Report of the Municipal Commissioner on the plague in Bombay for the year ending 31st May... - Volume 2
Disease focus: Plague
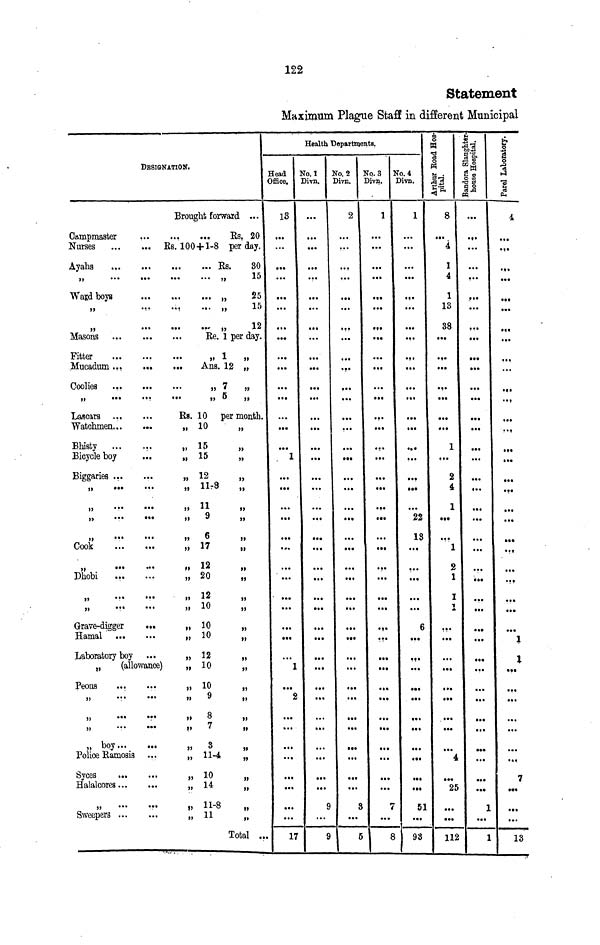
122
Statement
Maximum Plague Staff in different Municipal
DESIGNATION.
Brought forward ...
Campmaster
,
...
Es, 20
Nurses
Rs. 100 + 1-8 per day.
Ayahs
Es.
30
15
Wajdboys
,
25
„
...
...
... „
15
„
...
...
..- „
12
Masons
Ee. 1 per day.
Fitter
...
...
...
„ 1 „
Mucadum ...
Ans. 12 „
Cooliea
„ 7
„
„
...
...
...
„ 5 ,,
Lascars
Rs. 10 per month.
Watchmen...
...
„ 10
„
Bhisty
...
...
„ 15
„
Bicycle boy
...
„ 15
„
Biggaries ...
...
„ 12
„
„
•••
•••
>» llro
„
„
...
...
,, 11
„
„
...
...
„ 9
„
M
"•
•"
»
"
>f
Cook
„ 17
„
12
„
...
...
M
LA
„
Dhobi
...
...
„ 20
„
„
...
...
„ 12
„
„
..%
...
,, 10
„
Grave-digger
...
„ 10
„
Hamal
„ 10
„
Laboratory boy ...
„ 12
„
„
(allowance)
,,10
„
Peons
...
...
„ 10
„
»
•••
•••
>» *
»>
„
...
...
„ 8
„
»
•••
•••
i>
7
„
» boy
„
3
„
Police Eamosis ...
,,11-4
„
Syces
, 10
„
Halalcorea
„ 14
„
„
...
...
t , 11-8
„
Sweepers
„ 11
tt
Total ...
Health Departments.
Head
Office.
13
„.
1
• ••
1
2
...
17
No.l
Divn.
...
...
...
9
9
No. 2
Divn.
2
...
8
5
No. 3 3
Divn.
1
•»•
7
8
<To.4
Divn.
1
22
13
6
51
98
m
O
w
I
K .
13
X"
8
4
1
4
1
13
88
1
2
J
i
2
1
1
1
•«•
4
25
112
•5? 1 *
fl
S 03
1*
...
...
•*.
•••
t»«
:
*••
• ••
«••
»••
1
1
&
1
1
"s
C3
PH
4,
• M
«»»
...
.1*
.«•
•<•
• •»
•••
...
• «•
•••
••9
•?t
*••
.••
1
I
••*
7
•••
••«
13